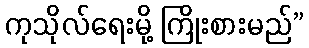
ကုသိုလ်ရေးမို့ ကြိုးစားမည်”